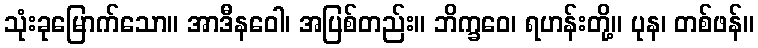
သုံးခုမြောက်သော။ အာဒီနဝေါ၊ အပြစ်တည်း။ ဘိက္ခဝေ၊ ရဟန်းတို့။ ပုန၊ တစ်ဖန်။